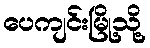
ပေကျင်းမြို့သို့